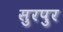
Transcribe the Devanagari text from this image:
सुरपुर